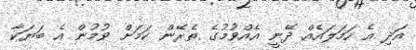
އަދި އެ ހަމަލައެއް ދޭނީ އެއްވުމުގެ ތެރޭން ކަމަށް ވުމުން އެ ބަޔަކާ